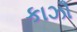
કાઝૌ